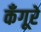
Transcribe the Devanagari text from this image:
कँगूरे